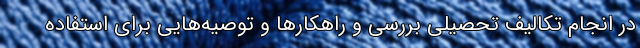
در انجام تکالیف تحصیلی بررسی و راهکارها و توصیه‌هایی برای استفاده